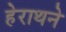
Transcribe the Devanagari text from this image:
हेराथने